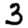
Digit: 3